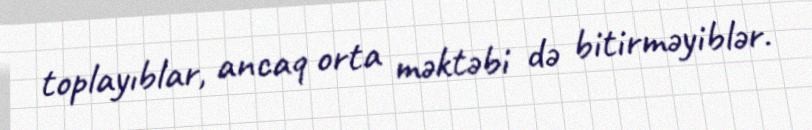
toplayıblar, ancaq orta məktəbi də bitirməyiblər.